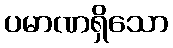
ပမာဏရှိသော